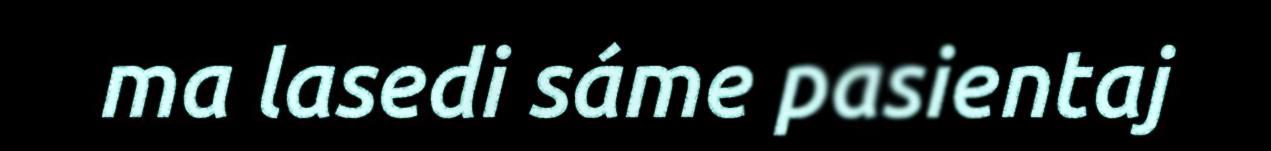
ma lasedi sáme pasientaj